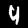
Digit: 4